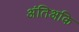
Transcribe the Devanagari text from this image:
अंतिअकि